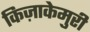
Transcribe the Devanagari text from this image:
किज़ाकेमुरी